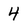
Character: 4